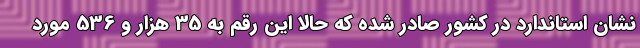
نشان استاندارد در کشور صادر شده که حالا این رقم به 35 هزار و 536 مورد